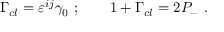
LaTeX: \Gamma _ { c l } = \varepsilon ^ { i j } \gamma _ { 0 } \ ; \qquad 1 + \Gamma _ { c l } = 2 { \cal P } _ { - } \ .